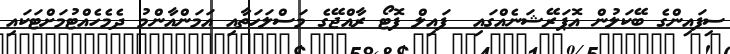
ސިފައިންގެ ބޭކަލުން އޮޕަރޭޝަނެއްގައި  ފައިލް ފޮޓޯ ރާއްޖޭގެ މަސްލަހަތާއި އަމަންއާންމު ދެމެހެއްޓުމަށްޓަކައި